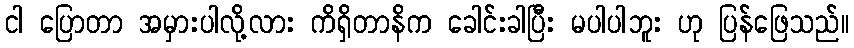
ငါ ပြောတာ အမှားပါလို့လား ကိရှိတာနိက ခေါင်းခါပြီး မပါပါဘူး ဟု ပြန်ဖြေသည်။